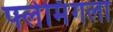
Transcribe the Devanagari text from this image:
फ्लेमिंगला